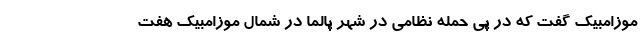
موزامبیک گفت که در پی حمله نظامی در شهر پالما در شمال موزامبیک هفت